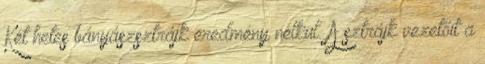
Két hetes bányászsztrájk eredmény nélkül. A sztrájk vezetőit a